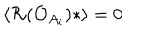
\langle { \cal R } ( { \cal O } _ { A _ { i } } ) * \rangle = 0